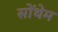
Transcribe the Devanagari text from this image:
सोंथेम